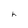
Character: h